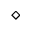
\diamond